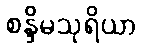
စန္ဒိမသုရိယာ